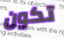
تكون